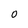
Character: 0